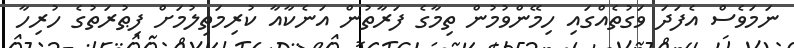
ނަމަވެސް އެފަދަ ވަގުތެއްގައި ހިމޭންވުމުން ތިމާގެ ފަރާތުން އަނެކާއާ ކުރިމަތިލުމަށް ފިޠުރަތުގެ ހުރިހާ